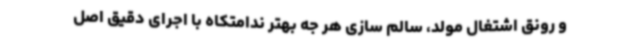
و رونق اشتغال مولد، سالم سازی هر جه بهتر ندامتکاه با اجرای دقیق اصل